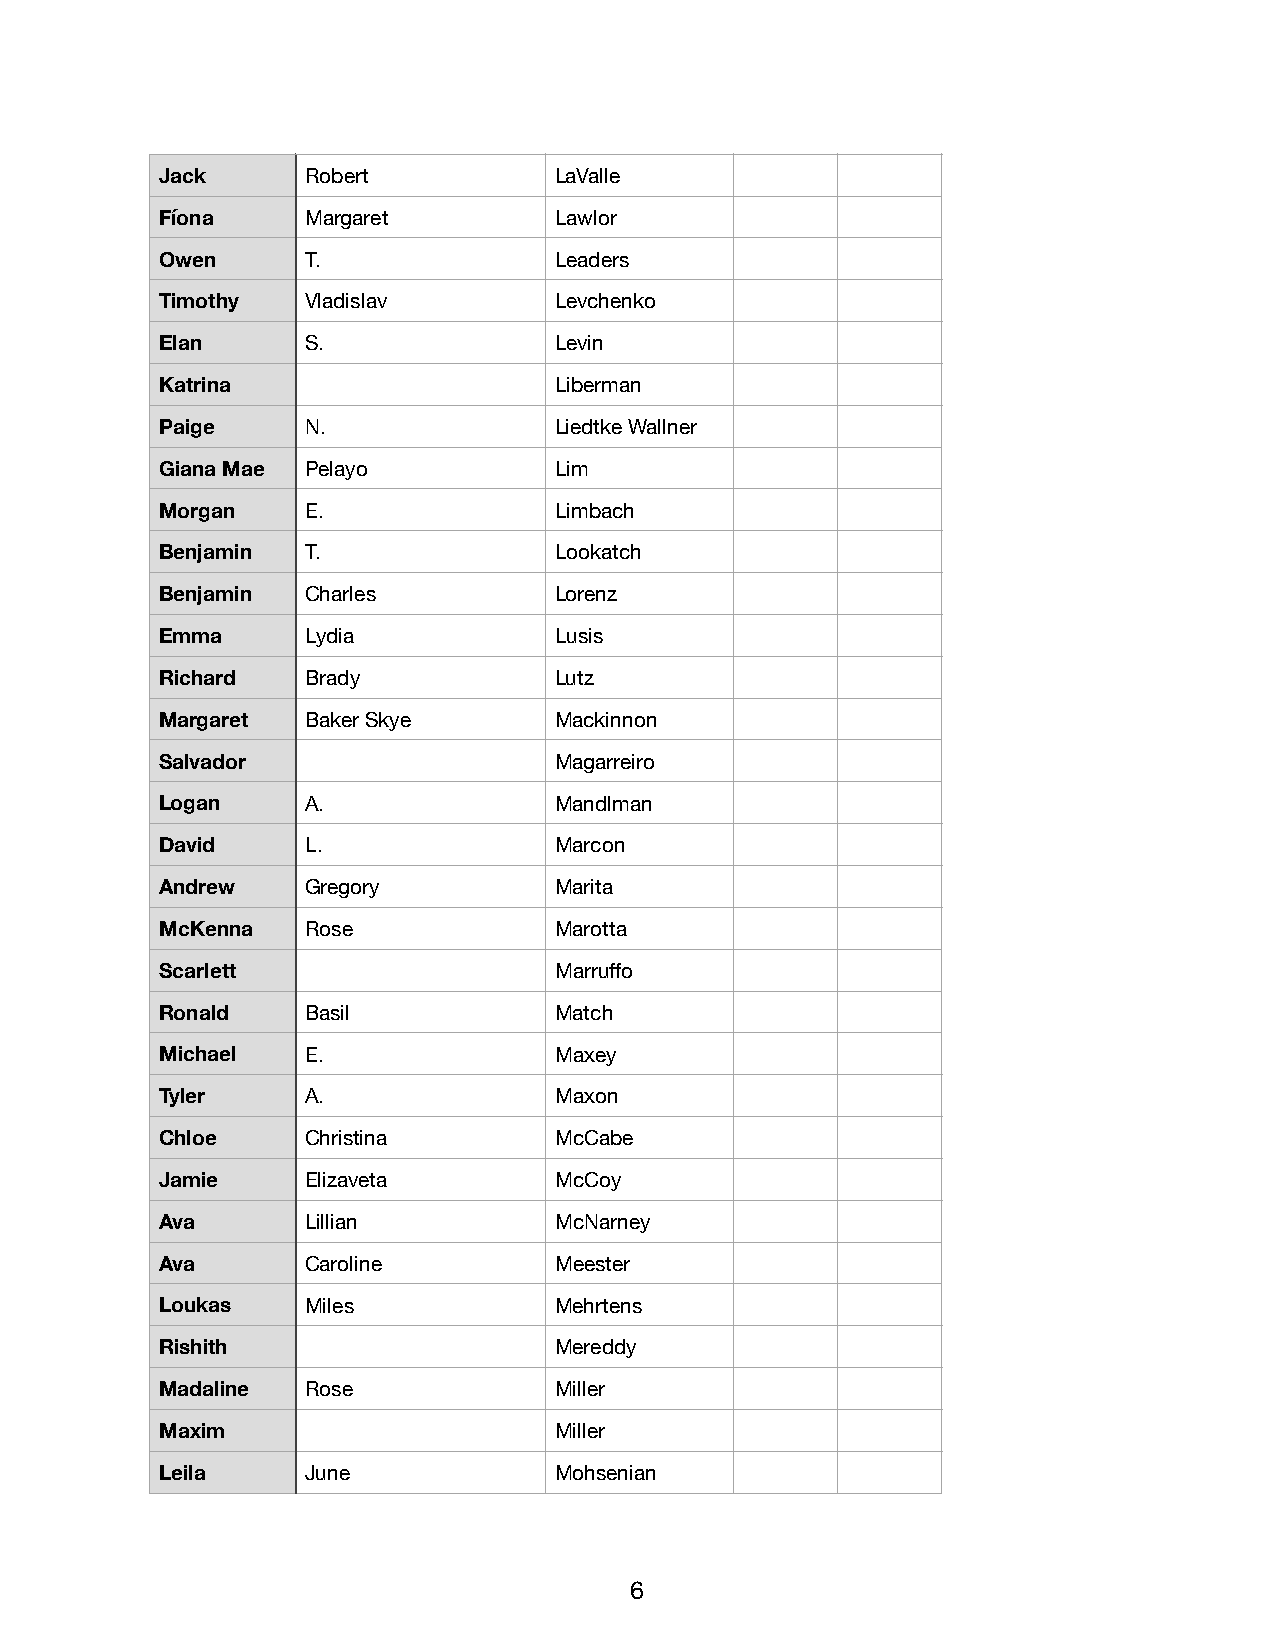
Jack     Robert           LaValle
 Fíona    Margaret         Lawlor
 Owen     T.               Leaders
 Timothy  Vladislav        Levchenko
 Elan     S.               Levin
 Katrina                   Liberman
 Paige    N.               Liedtke Wallner
 Giana Mae Pelayo          Lim
 Morgan   E.               Limbach
 Benjamin T.               Lookatch
 Benjamin Charles          Lorenz
 Emma     Lydia            Lusis
 Richard  Brady            Lutz
 Margaret Baker Skye       Mackinnon
 Salvador                  Magarreiro
 Logan    A.               Mandlman
 David    L.               Marcon
 Andrew   Gregory          Marita
 McKenna  Rose             Marotta
 Scarlett                  Marruffo
 Ronald   Basil            Match
 Michael  E.               Maxey
 Tyler    A.               Maxon
 Chloe    Christina        McCabe
 Jamie    Elizaveta        McCoy
 Ava      Lillian          McNarney
 Ava      Caroline         Meester
 Loukas   Miles            Mehrtens
 Rishith                   Mereddy
 Madaline Rose             Miller
 Maxim                     Miller
 Leila    June             Mohsenian
 6